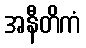
အနီတိကံ